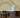
لي